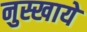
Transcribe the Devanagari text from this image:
नुस्खाये